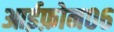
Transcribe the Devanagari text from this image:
आईफ़ोन०६